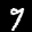
Label: 9